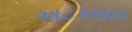
અટકાયત